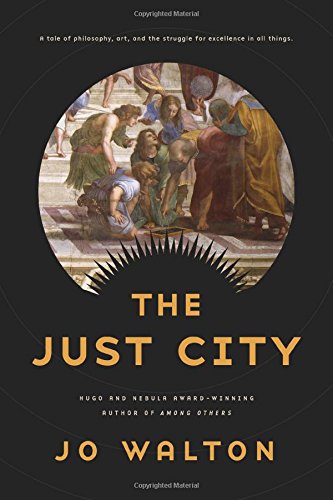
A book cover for The Just City; Jo Walton; Science Fiction & Fantasy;